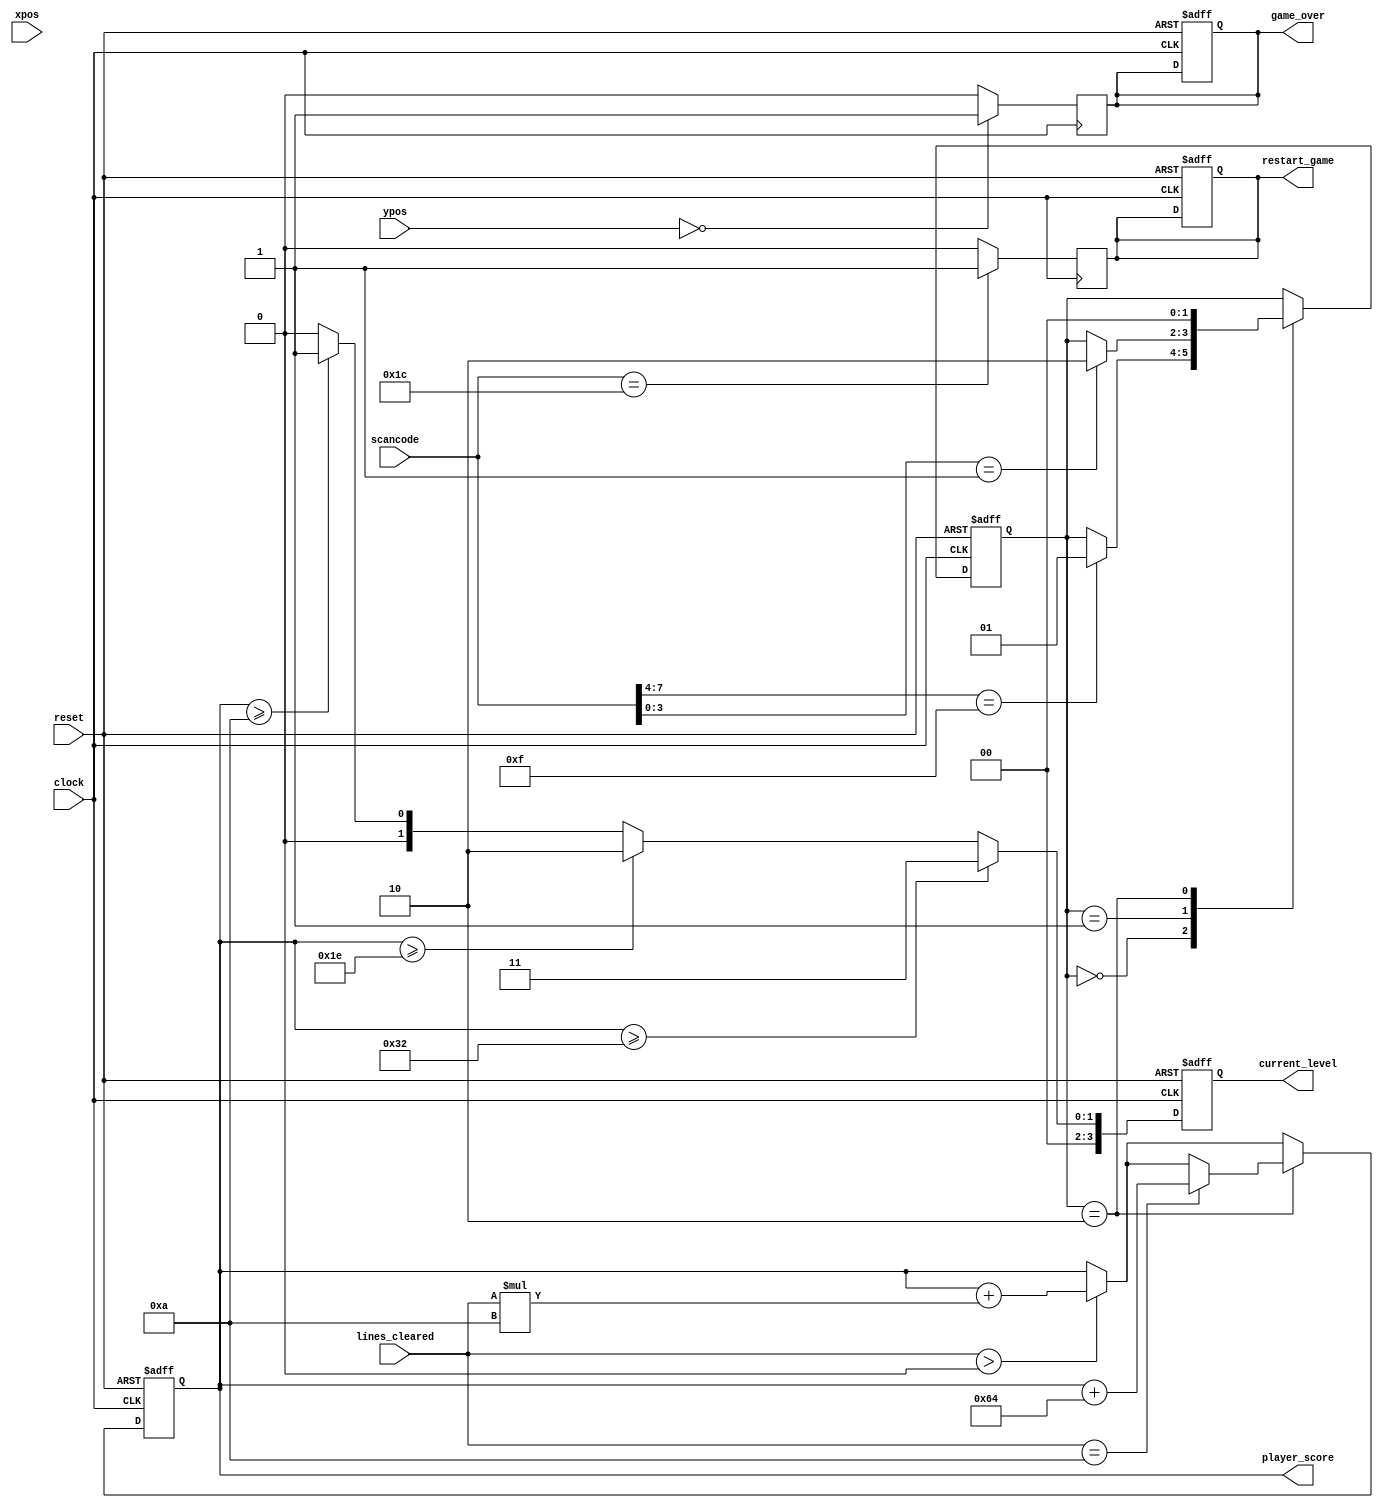
`timescale 1ns / 1ps
//////////////////////////////////////////////////////////////////////////////////
// Company: 
// Engineer: 
// 
// Design Name: 
// Module Name: ScoreModule
// Project Name: 
// Target Devices: 
// Tool Versions: 
// Description: 
// 
// Dependencies: 
// 
// Revision:
// Revision 0.01 - File Created
// Additional Comments:
// 
//////////////////////////////////////////////////////////////////////////////////


module ScoreModule (
    input clock,
    input reset,
    input [3:0] lines_cleared,
    input [3:0] xpos, ypos,
    input [29:0] scancode,
    output reg [7:0] player_score,
    output reg [3:0] current_level,
    output reg game_over,
    output reg restart_game
);

    // Parameters for difficulty levels
    parameter LEVEL_1_THRESHOLD = 10;
    parameter LEVEL_2_THRESHOLD = 30;
    parameter LEVEL_3_THRESHOLD = 50;

    // Game state variables
    reg [3:0] difficulty_level;
    reg [7:0] total_score;

    // Constants
    localparam NUM_ROWS = 10;  // based on rows not sure 

    // Game Over and Restart signals
    reg game_over_internal;
    reg restart_game_internal;

    // Line clearing state machine
reg [1:0] completion_state;
reg start_bit_detected;
reg scan_ready;
reg [NUM_ROWS-1:0] row_states;

always @(posedge clock or posedge reset) begin
    if (reset) begin
        // Reset game state and other variables
        difficulty_level <= 4'b0000;
        total_score <= 8'b00000000;
        game_over_internal <= 0;
        restart_game_internal <= 0;
        completion_state <= 2'b00;
        start_bit_detected <= 0;
        scan_ready <= 0;
        row_states <= 0;
    end else begin
        // Score based on lines cleared
        if (lines_cleared > 0) begin
            total_score <= total_score + (lines_cleared * 10);
        end

        // Line clearing logic
        case (completion_state)
            2'b00: begin
                // State 0: Check for start bit
                if (scancode[7:4] == 4'b1111) begin
                    start_bit_detected <= 1;
                    completion_state <= 2'b01;
                end
            end

            2'b01: begin
                // Wait for scan code to be ready
                if (scancode[3:0] == 4'b0001) begin
                    scan_ready <= 1;
                    completion_state <= 2'b10;
                end
            end

            2'b10: begin
                // Check for full lines and update row_states
                row_states <= (row_states << 1) | (lines_cleared == NUM_ROWS);

                // Clear full lines
                if (lines_cleared == NUM_ROWS) begin
                    total_score <= total_score + 100;  // Bonus points for clearing a line
                end

                // Transition back to State 0 or another state based on conditions
                completion_state <= 2'b00;
                start_bit_detected <= 0;
                scan_ready <= 0;
            end
        endcase

        // Update difficulty level based on the total score
        if (total_score >= LEVEL_3_THRESHOLD) begin
            difficulty_level <= 4'b0011; // Level 3
        end else if (total_score >= LEVEL_2_THRESHOLD) begin
            difficulty_level <= 4'b0010; // Level 2
        end else if (total_score >= LEVEL_1_THRESHOLD) begin
            difficulty_level <= 4'b0001; // Level 1
        end else begin
            difficulty_level <= 4'b0000; // Default level
        end
    end
end

    // Game Over condition
    always @(posedge clock) begin
        if (ypos == 0) begin
            game_over_internal <= 1;
        end else begin
            game_over_internal <= 0;
        end
    end

    // Restart condition
    always @(posedge clock) begin
        if (scancode == 29'h1C) begin
            restart_game_internal <= 1;
        end else begin
            restart_game_internal <= 0;
        end
    end

    // Output signals
    always @* begin
     player_score <= total_score;
     current_level <= difficulty_level;
     game_over <= game_over_internal;
     restart_game <= restart_game_internal;
end 

endmodule